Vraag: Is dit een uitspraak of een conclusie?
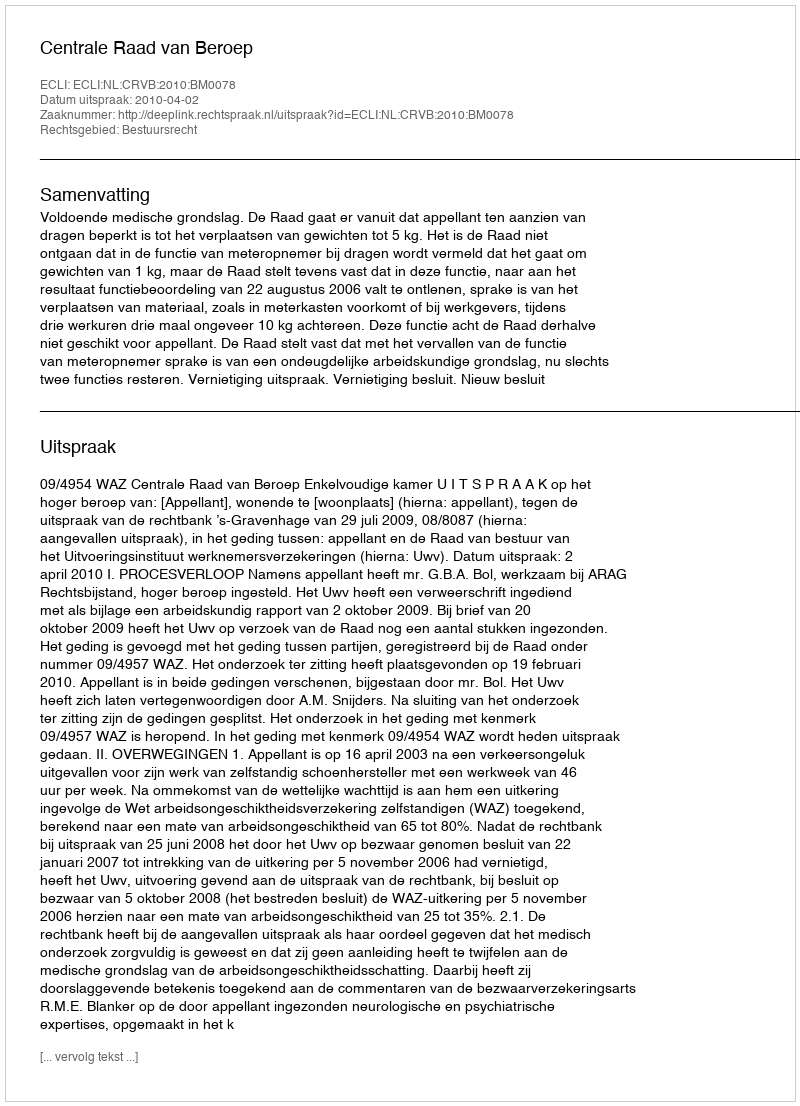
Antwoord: Uitspraak